Sanitation, dispensaries and jails vaccination Rajputana 1922-1927 - 1922-1927
Year: 1922
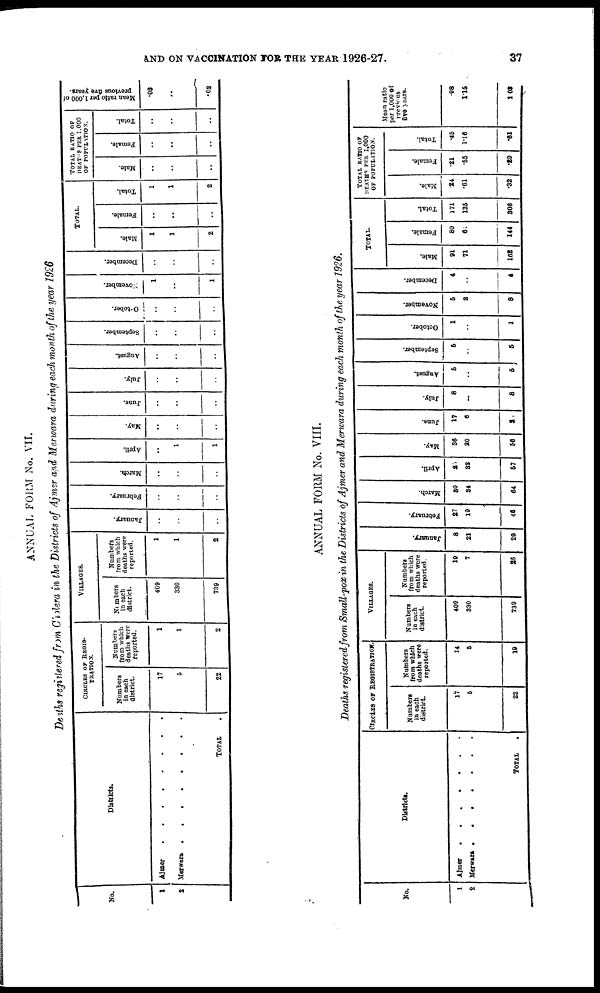
AND ON VACCINATION FOR THE YEAR 1926-27.
37
ANNUAL FORM No. VII.
Deaths registered from Cholera in the Districts of Ajmer and Merwara during each month of the year 1926
No.
1
2
Districts.
Ajmer . . . . . . . .
Merwara . . . . . .
TOTAL .
CIRCLES OF REGIS-
-------.
Numbers
in each
district.
17
5
22
Numbers
from which
deaths were
reported.
1
1
2
VILLAGES.
Numbers
in each
district.
469
330
739
Numbers
from which
deaths were
reported.
1
1
2
January.
..
..
..
February.
..
..
..
March.
..
..
..
April.
..
1
1
May.
..
..
..
June.
..
..
..
July.
..
..
..
August.
..
..
..
September.
..
..
..
October.
..
..
..
November.
1
..
1
December.
..
..
..
TOTAL.
Male.
1
1
2
Female.
..
..
..
Total.
1
1
2
TOTAL RATIO OF
DEATHS PER 1,000
OF POPULATION.
Male.
..
..
..
Female.
..
..
..
Total.
..
..
..
Mean ratio per 1,000 of
previous five years.
.03
..
.03
ANNUAL FORM No. VIII.
Deaths registered from Small-pox in the Districts of Ajmer and Merwara during each month of the year 1926.
No.
1
2
Districts.
Ajmer
.
.
.
.
.
Merwara
.
.
.
.
.
TOTAL .
CIRCLES OF REGISTRATION.
Numbers
in each
district.
17
5
22
Numbers
from which
deaths were
reported.
14
5
19
VILLAGES.
Numbers
in each
district.
409
330
739
Numbers
from which
deaths were
reported.
19
7
26
January.
8
21
29
February.
27
19
46
March.
30
34
64
April.
26
32
57
May.
36
20
56
June.
17
6
2
July.
8
..
8
August.
5
..
5
September.
5
..
5
October.
1
..
1
November.
5
3
8
December.
4
..
4
TOTAL.
Male.
91
71
162
Female.
80
61
144
Total.
171
135
306
TOTAL RATIO OF
DEATHS PER 1,000
OF POPULATION.
Male.
.24
.61
.32
Female.
.21
.55
.29
Total.
.45
1.16
.61
Mean ratio
per 1,000 of
previous
five years.
.98
1.15
1.03